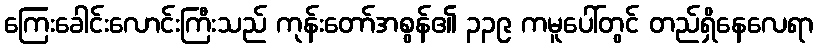
ကြေးခေါင်းလောင်းကြီးသည် ကုန်းတော်အစွန်၏ ၃၃၉ ကမူပေါ်တွင် တည်ရှိနေလေရာ